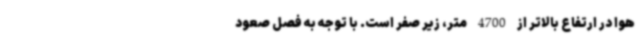
هوا در ارتفاع بالاتر از 4700 متر، زیر صفر است. با توجه به فصل صعود